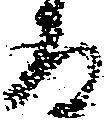
る